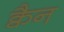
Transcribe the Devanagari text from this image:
क्वैन